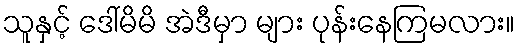
သူနှင့် ဒေါ်မိမိ အဲဒီမှာ များ ပုန်းနေကြမလား။